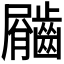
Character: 𪙇